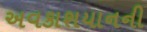
અવકાશયાનની